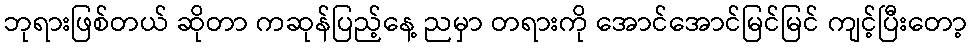
ဘုရားဖြစ်တယ် ဆိုတာ ကဆုန်ပြည့်နေ့ ညမှာ တရားကို အောင်အောင်မြင်မြင် ကျင့်ပြီးတော့